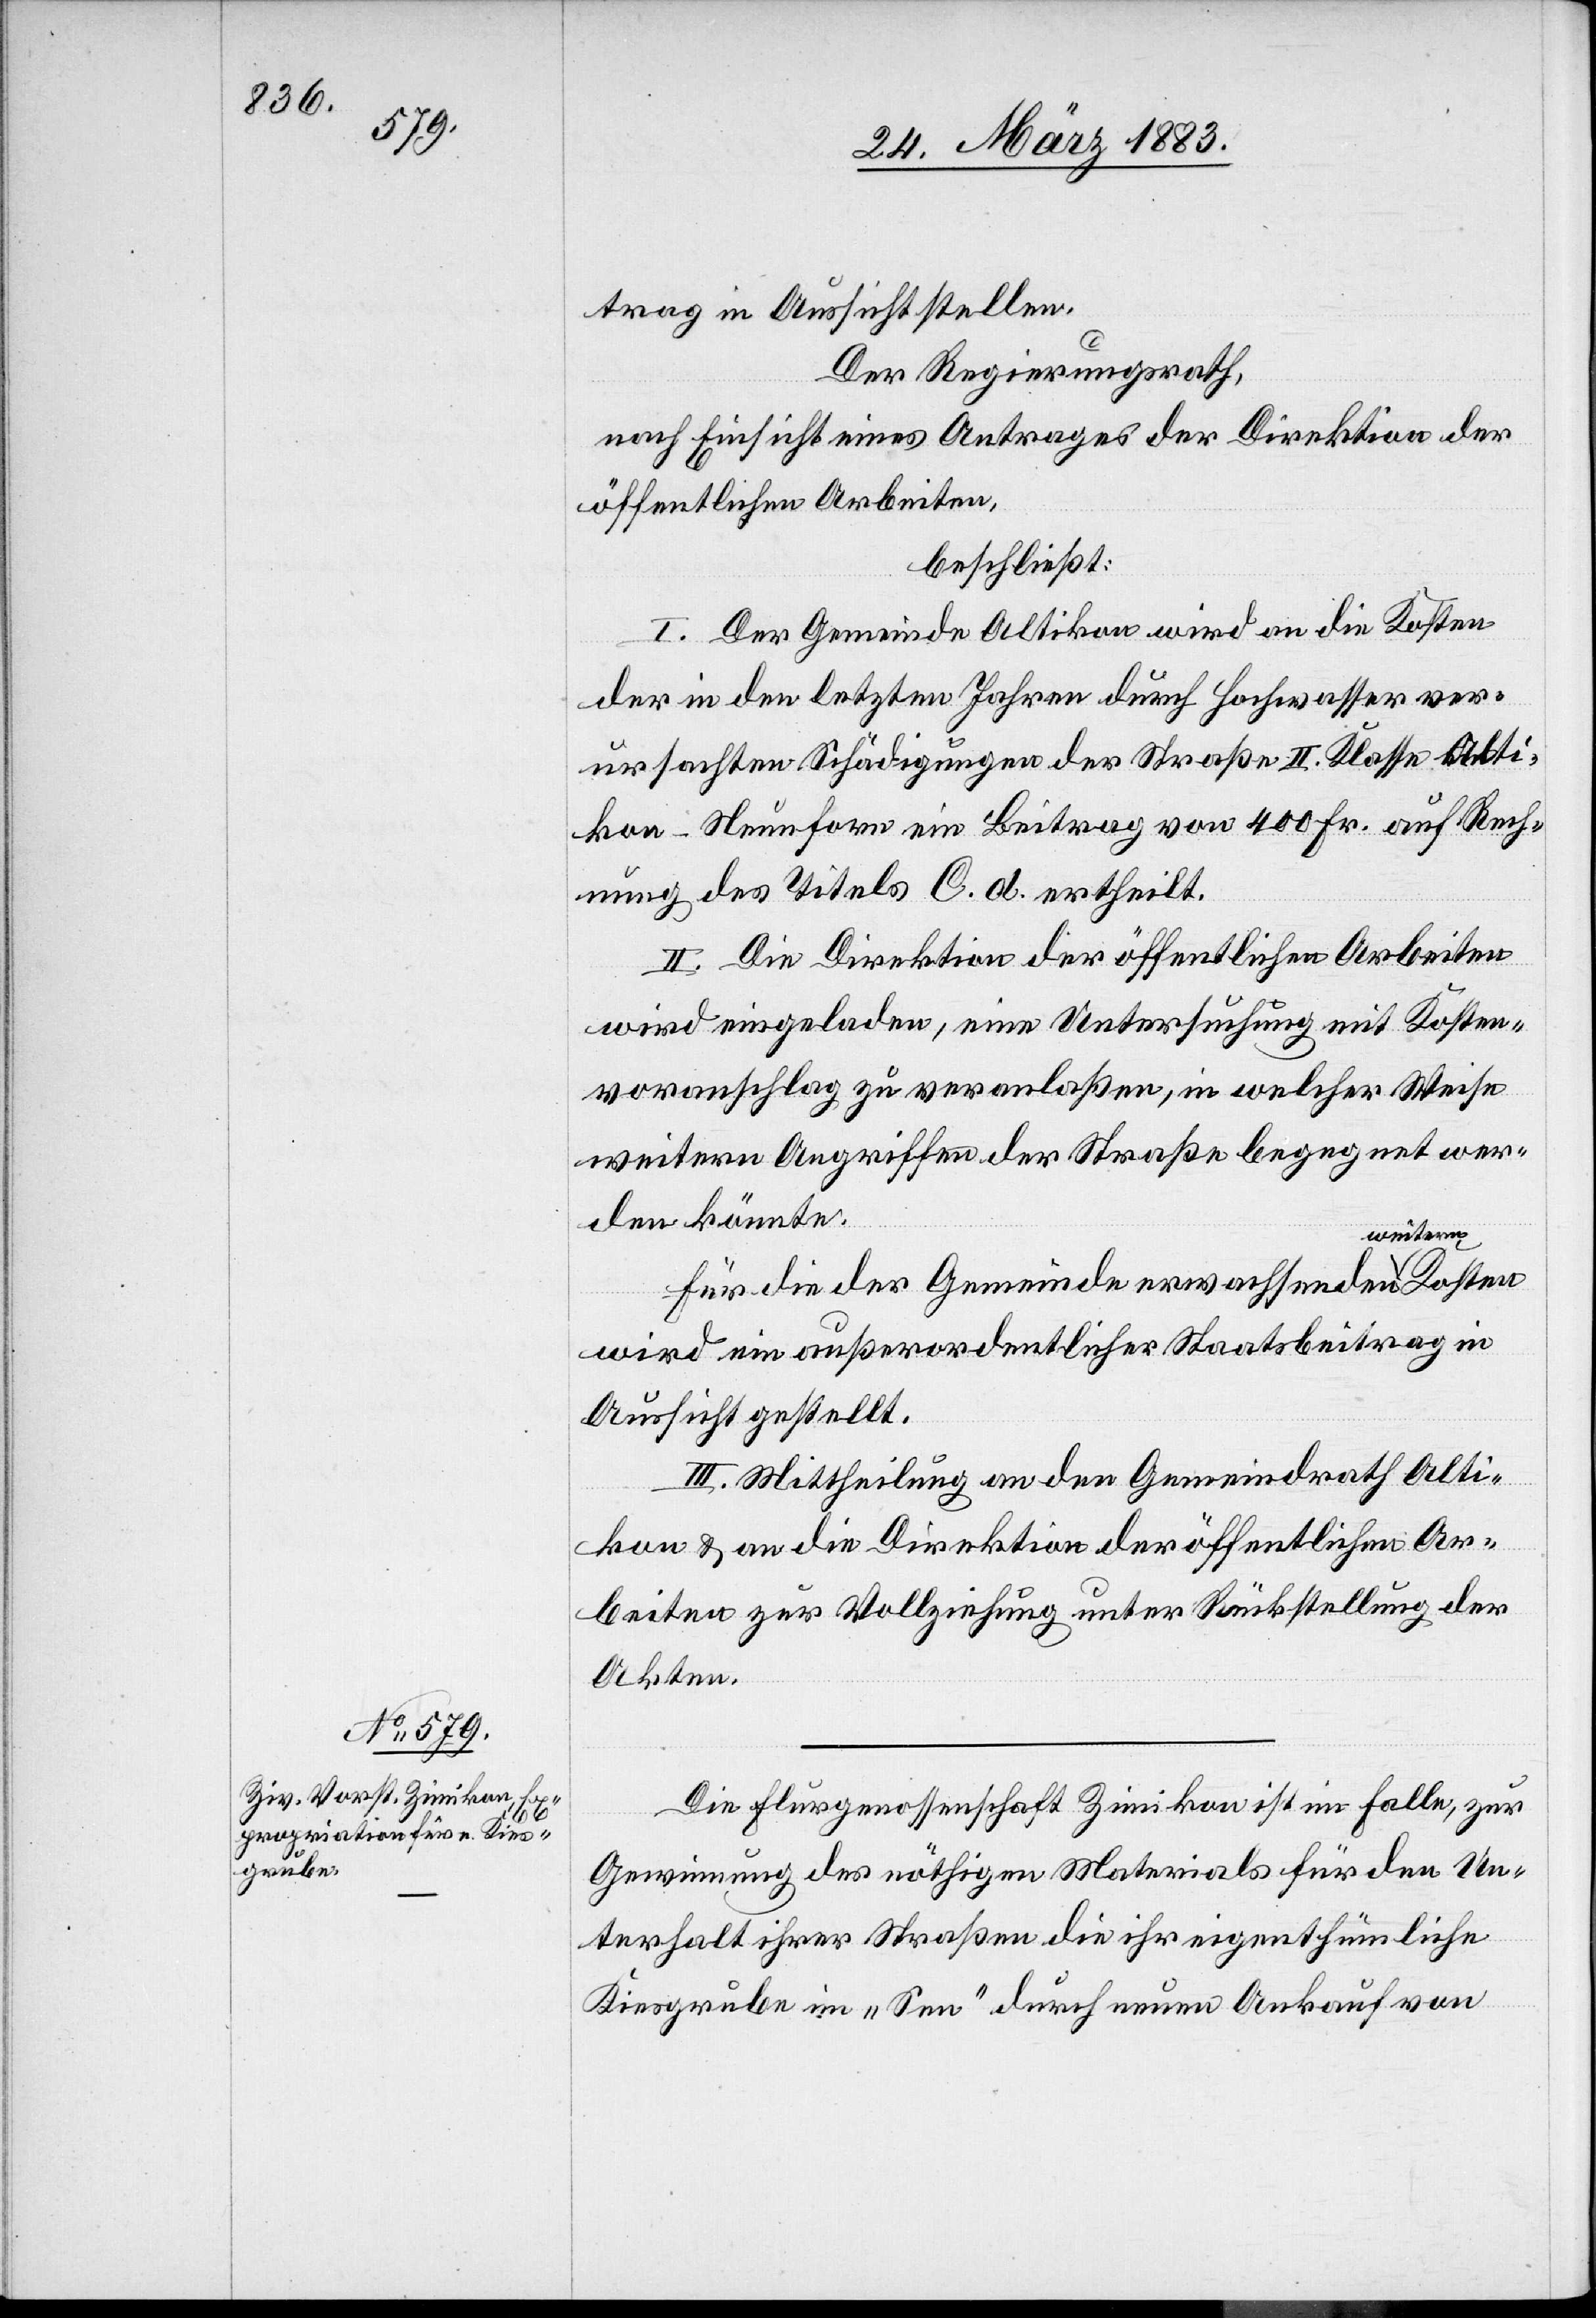
Der Regierungsrath,
nach Einsicht eines Antrages der Direktion der
öffentlichen Arbeiten,
beschließt:
I. Der Gemeinde Altikon wird an die Kosten
der in den letzten Jahren durch Hochwasser ver¬
ursachten Schädigungen der Straße II. Klasse Alti¬
kon–Neunforn ein Beitrag von 400 Fr. auf Rech¬
nung des Titels C. d. ertheilt.
II. Die Direktion der öffentlichen Arbeiten
wird eingeladen, eine Untersuchung mit Kosten¬
voranschlag zu veranlaßen, in welcher Weise
weitern Angriffen der Straße begegnet wer¬
den könnte.
III. Mittheilung an den Gemeindrath Alti¬
kon & an die Direktion der öffentlichen Ar¬
beiten zur Vollziehung unter Rückstellung der
Akten.
Die Flurgenossenschaft Zimikon ist im Falle, zur
Gewinnung des nöthigen Materials für den Un¬
terhalt ihrer Straßen die ihr eigenthümliche
Kiesgrube im „Seen“ durch neuen Ankauf von